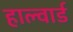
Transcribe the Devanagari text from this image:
हाल्वार्ड